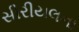
સીરીયલના